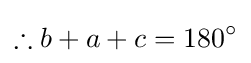
\therefore b+a+c=180^{\circ }